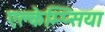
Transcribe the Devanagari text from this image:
एक्लेम्प्सिया